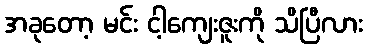
အခုတော့ မင်း ငါ့ကျေးဇူးကို သိပြီလား